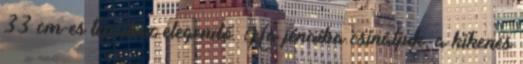
33 cm-es tepsihez elegendő. Ha jénaiba csináljuk, a kikenés